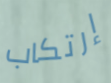
إرتكاب